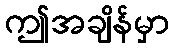
ဤအချိန်မှာ